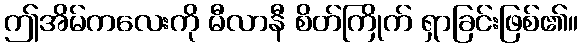
ဤအိမ်ကလေးကို မီလာနီ စိတ်ကြိုက် ရှာခြင်းဖြစ်၏။